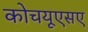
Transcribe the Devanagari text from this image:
कोचयूएसए